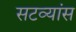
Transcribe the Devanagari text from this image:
सटव्यांस